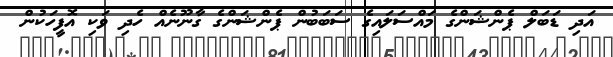
އަދި ޑަބަލް ޕެންޝަންގެ މައްސަލައިގެ ސަބަބުން ޕެންޝަންގެ ގާނޫނެއް ހެދި ވަކި އޮފީހަކުން